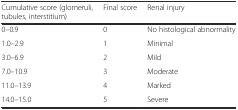
<table><thead><tr><td><b>Cumulative score (glomeruli, tubules, interstitium)</b></td><td><b>Final score</b></td><td><b>Renal injury</b></td></tr></thead><tbody><tr><td>0–0.9</td><td>0</td><td>No histological abnormality</td></tr><tr><td>1.0–2.9</td><td>1</td><td>Minimal</td></tr><tr><td>3.0–6.9</td><td>2</td><td>Mild</td></tr><tr><td>7.0–10.9</td><td>3</td><td>Moderate</td></tr><tr><td>11.0–13.9</td><td>4</td><td>Marked</td></tr><tr><td>14.0–15.0</td><td>5</td><td>Severe</td></tr></tbody></table>